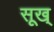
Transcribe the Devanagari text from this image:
सूख्